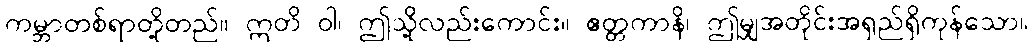
ကမ္ဘာတစ်ရာတို့တည်။ ဣတိ ဝါ၊ ဤသို့လည်းကောင်း။ ဧတ္တကာနိ၊ ဤမျှအတိုင်းအရှည်ရှိကုန်သော။